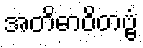
အတိဓာဝိတဗ္ဗံ